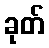
ခုတ်